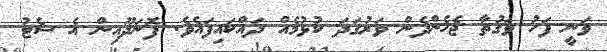
ވަނީ ފަހު ވަގުތާ ޖެހެންދެން ވަރުގަދަ ކުޅުމެއް ދައްކައިފައެވެ. ފޮނަދޫއިން އެ ސެޓު